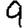
Digit: 9